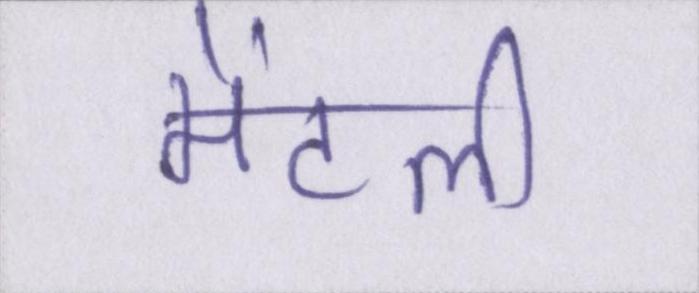
मेंटली